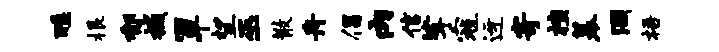
醮根郁撼箪望巫散舟倡内信挲寇迓寄檀幕涸梧